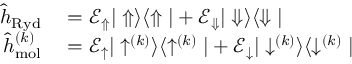
\begin{array} { r l } { \hat { h } _ { \mathrm { R y d } } } & { { } = \mathcal { E } _ { \Uparrow } | \Uparrow \rangle \langle \Uparrow | + \mathcal { E } _ { \Downarrow } | \Downarrow \rangle \langle \Downarrow | } \\ { \hat { h } _ { \mathrm { m o l } } ^ { ( k ) } } & { { } = \mathcal { E } _ { \uparrow } | \uparrow ^ { ( k ) } \rangle \langle \uparrow ^ { ( k ) } | + \mathcal { E } _ { \downarrow } | \downarrow ^ { ( k ) } \rangle \langle \downarrow ^ { ( k ) } | } \end{array}